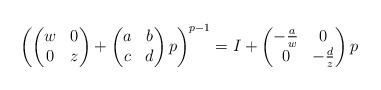
LaTeX: \begin{align*}\left( \begin{pmatrix} w & 0 \\ 0 & z \end{pmatrix} + \begin{pmatrix} a & b \\ c & d \end{pmatrix} p \right)^{p-1} = I + \begin{pmatrix} -\frac{a}{w} & 0 \\ 0 & -\frac{d}{z} \end{pmatrix} p\end{align*}